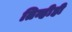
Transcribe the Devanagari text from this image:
तिन्हीही